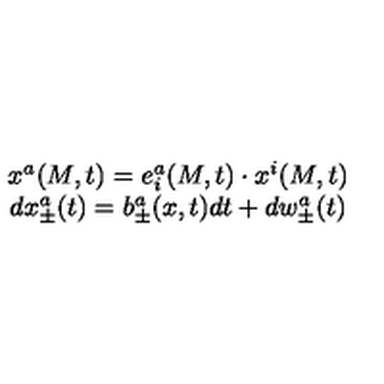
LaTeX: \begin{array} { c } { x ^ { a } ( M , t ) = e _ { i } ^ { a } ( M , t ) \cdot x ^ { i } ( M , t ) } \\ { d x _ { \pm } ^ { a } ( t ) = b _ { \pm } ^ { a } ( x , t ) d t + d w _ { \pm } ^ { a } ( t ) } \\ \end{array}